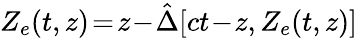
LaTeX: Z_{e}(t,z)\! =\! z\! -\! \hat{\Delta}[ct\! -\! z,Z_{e}(t,z)]